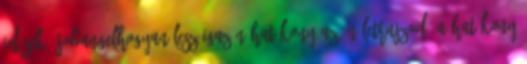
idősek. JobAngelHogyan lesz igazán hatékony az önéletrajzod? A hatékony